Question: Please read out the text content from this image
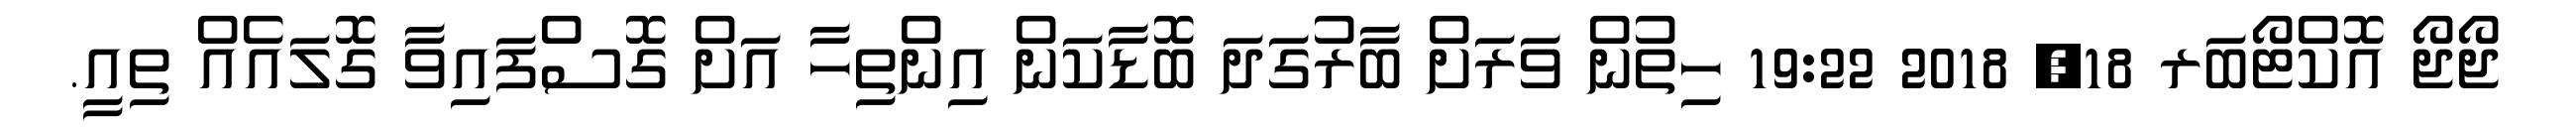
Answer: ޖޯޖޯ އޮކްޓޯބަރ 18, 2018 19:22 ހިތުން ވަރަށް ބާރުގަދަ ބޮޑާކަން އިންތިހާ އަށް ގޮސްފައިވާ ގޮލައެއް ތިއީ.